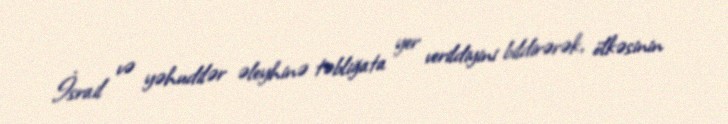
İsrail və yəhudilər əleyhinə təbliğata yer verildiyini bildirərək, ölkəsinin